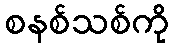
စနစ်သစ်ကို